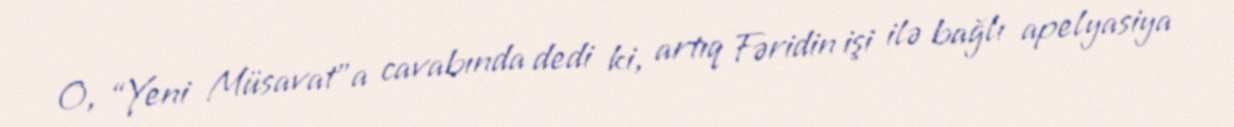
O, “Yeni Müsavat”a cavabında dedi ki, artıq Fəridin işi ilə bağlı apelyasiya